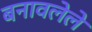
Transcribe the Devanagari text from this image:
बनावलेले